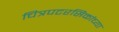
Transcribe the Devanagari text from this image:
चित्रपटरसिकांच्या